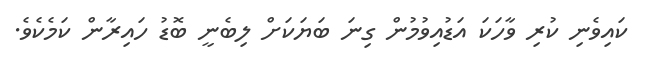
ކައިވެނި ކުރި ވާހަކަ އަޑުއިވުމުން ގިނަ ބަޔަކަށް ލިބެނީ ބޮޑު ހައިރާން ކަމެކެވެ.